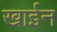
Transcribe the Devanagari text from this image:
खाईन